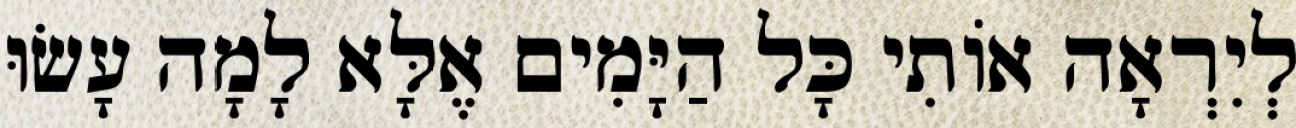
לְיִרְאָה אוֹתִי כָּל הַיָּמִים אֶלָּא לָמָה עָשׂוּ